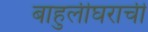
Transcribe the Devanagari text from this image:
बाहुलीघराची